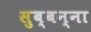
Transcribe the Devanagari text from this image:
सुब्बन्ना